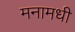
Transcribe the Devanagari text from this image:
मनामधी